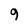
Character: 9